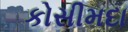
કોસીમદા